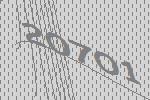
20701